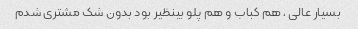
بسیار عالی , هم کباب و هم پلو بینظیر بود بدون شک مشتری شدم